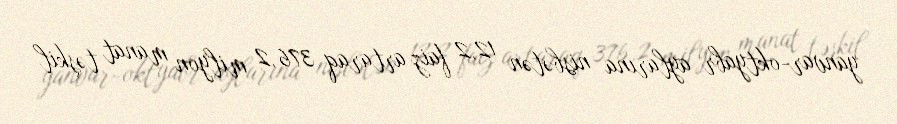
yanvar-oktyabr aylarına nisbətən 12,2 faiz artaraq 376,2 milyon manat təşkil